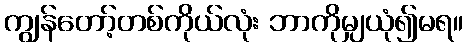
ကျွန်တော့်တစ်ကိုယ်လုံး ဘာကိုမျှယုံ၍မရ။